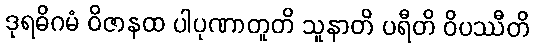
ဒုရဓိဂမံ ဝိဇာနထ ပါပုဏာတူတိ သူနာတိ ပရီတိ ဝိပဿီတိ